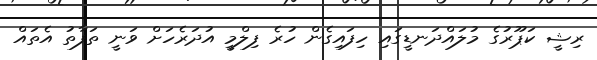
ރިޝީ ކަޕޫރުގެ މުލައްދަނޑީގައި ހިފައިގެން ހުރެ ފިލްމީ އުދަރެހަށް ވަނީ ތަފާތު އެތައް